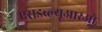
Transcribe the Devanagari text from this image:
एसडब्ल्यूआरओ